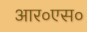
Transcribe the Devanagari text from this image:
आर०एस०